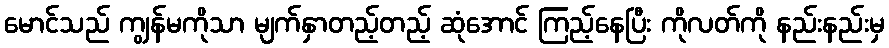
မောင်သည် ကျွန်မကိုသာ မျက်နှာတည့်တည့် ဆုံအောင် ကြည့်နေပြီး ကိုလတ်ကို နည်းနည်းမှ